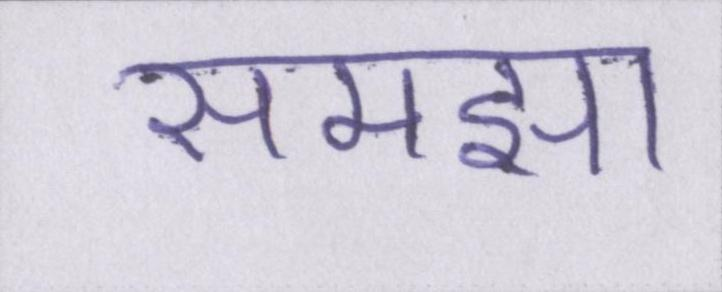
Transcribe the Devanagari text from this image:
समझा